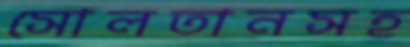
সোলতানসহ